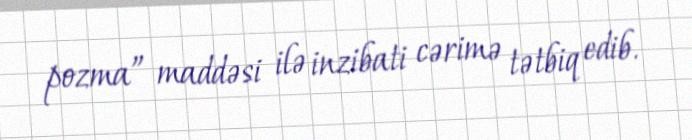
pozma” maddəsi ilə inzibati cərimə tətbiq edib.